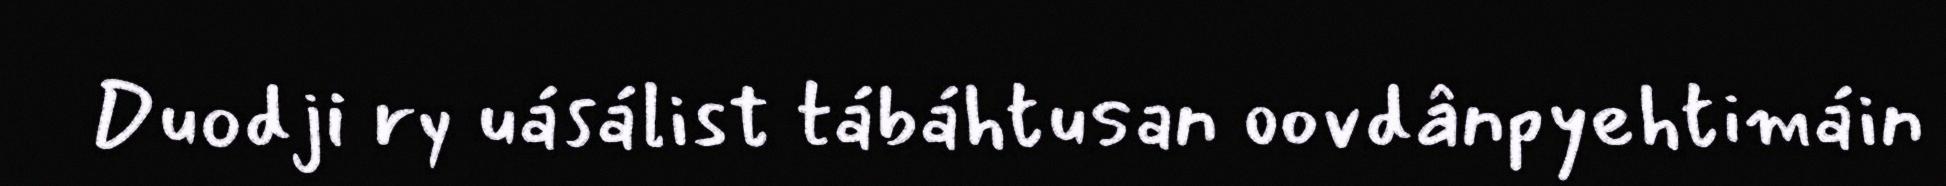
Duodji ry uásálist tábáhtusan oovdânpyehtimáin